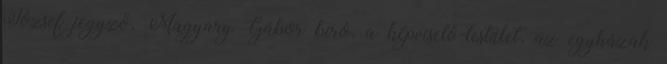
József jegyző, Magyary Gábor bíró, a képviselő-testület, az egyházak